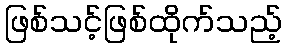
ဖြစ်သင့်ဖြစ်ထိုက်သည့်